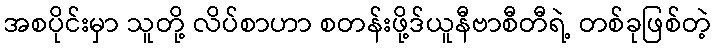
အစပိုင်းမှာ သူတို့ လိပ်စာဟာ စတန်းဖို့ဒ်ယူနီဗာစီတီရဲ့ တစ်ခုဖြစ်တဲ့